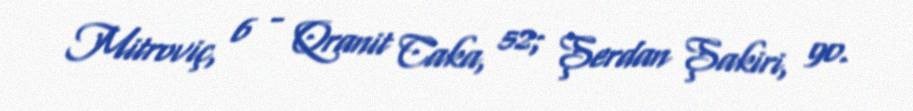
Mitroviç, 6 - Qranit Caka, 52; Şerdan Şakiri, 90.